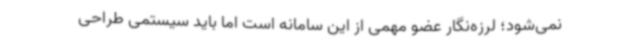
نمی‌شود؛ لرزه‌نگار عضو مهمی از این سامانه است اما باید سیستمی طراحی